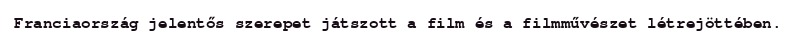
Franciaország jelentős szerepet játszott a film és a filmművészet létrejöttében.